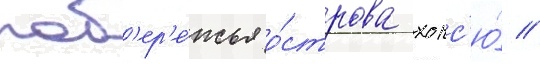
поб'ер'е́жья о́строва хонс'ю́ //